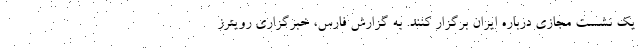
یک نشست مجازی درباره ایران برگزار کنند. به گزارش فارس، خبرگزاری رویترز